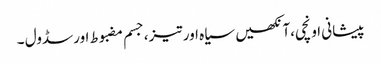
پیشانی اونچی،آنکھیں سیاہ اور تیز،جسم مضبوط اورسڈول ۔